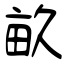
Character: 畝